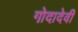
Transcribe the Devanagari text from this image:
गोदादेवी